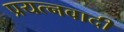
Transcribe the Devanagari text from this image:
प्रयत्नवादी